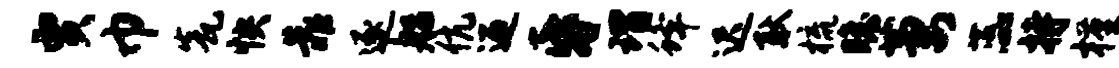
贾巾瓮怏靠逐船伉迎昏瑁蜂迟耿梳瞻萋蕊持槿